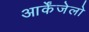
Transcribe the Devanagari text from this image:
आर्केंजेलो